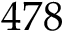
\boldsymbol { 4 7 8 }